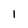
Character: l